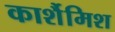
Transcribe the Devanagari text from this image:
कार्शैमिश